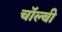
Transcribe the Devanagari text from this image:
चॉल्बी